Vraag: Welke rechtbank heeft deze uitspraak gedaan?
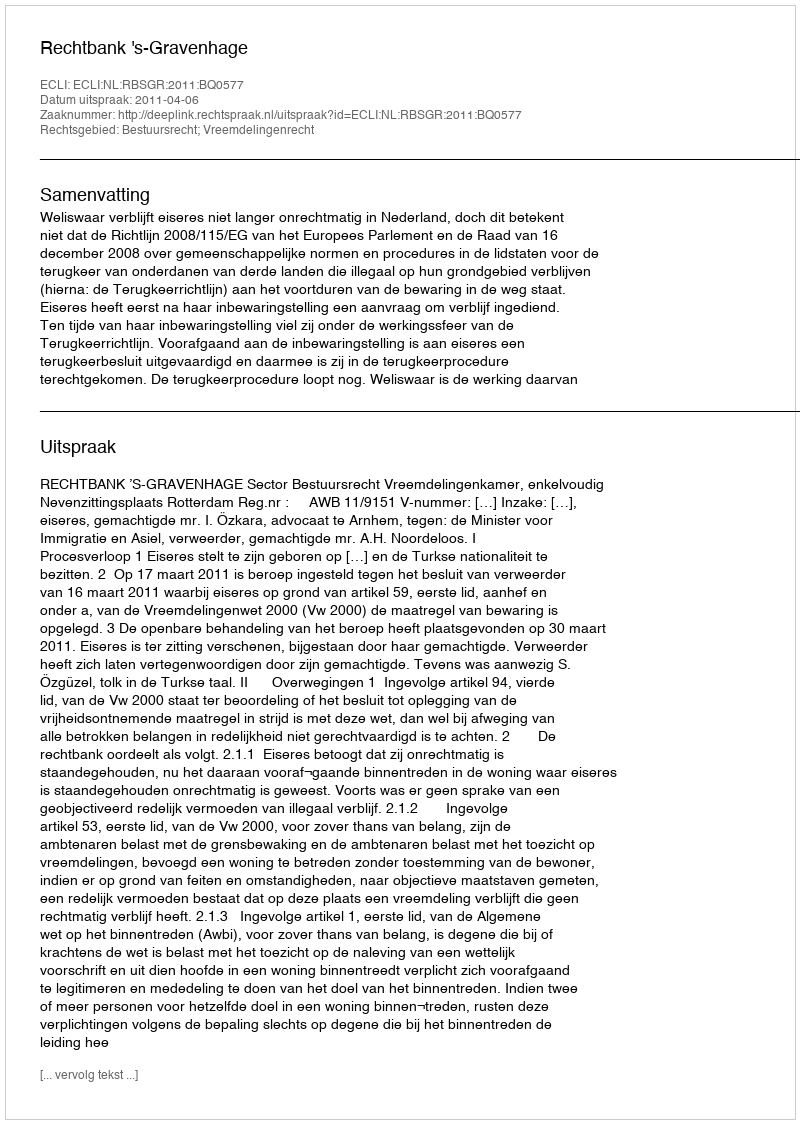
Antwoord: Rechtbank 's-Gravenhage